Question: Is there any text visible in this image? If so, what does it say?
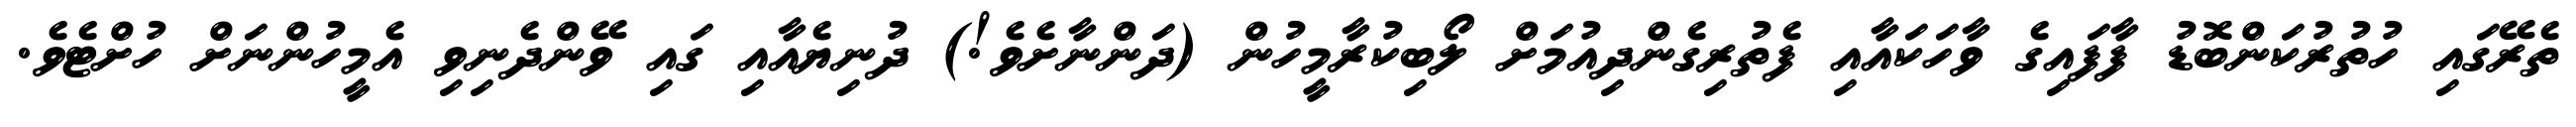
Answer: ތެރޭގައި ހުތުރުކަންބޮޑު ފާފައިގެ ވާހަކައާއި ފެތުރިގެންދިއުމަށް ލޯބިކުރާމީހުން (ދަންނާށެވެ!) ދުނިޔެއާއި ގައި ވޭންދެނިވި އެމީހުންނަށް ހުށްޓެވެ.